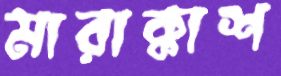
মারাক্কাশ